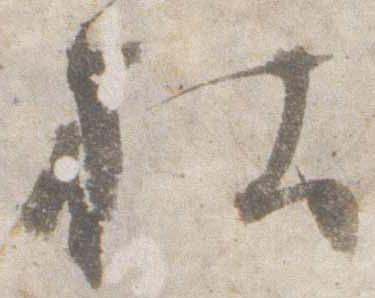
社